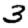
Digit: 3